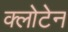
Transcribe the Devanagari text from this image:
क्लोटेन